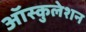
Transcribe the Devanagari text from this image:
ऑस्कुलेशन